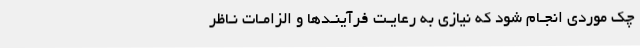
چک موردی انجـام شود که نیازی به رعایـت فرآینـدها و الزامـات نـاظر